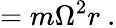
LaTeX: =m\Omega^{2}r\ .